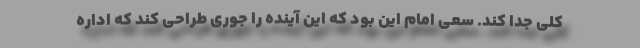
کلی جدا کند. سعی امام این بود که این آینده را جوری طراحی کند که اداره